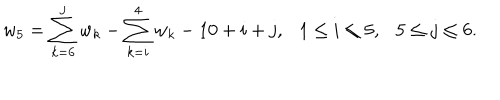
w _ { 5 } = \sum _ { k = 6 } ^ { j } w _ { k } - \sum _ { k = i } ^ { 4 } w _ { k } - 1 0 + i + j , 1 \leq i \leq 5 , 5 \leq j \leq 6 .